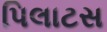
પિલાટસ